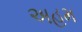
અહમ